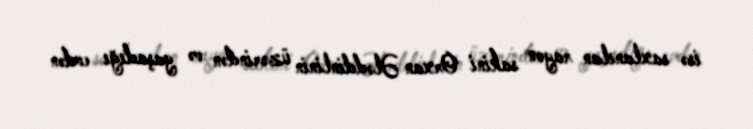
isə saxlanılan rayon sakini Orxan Ələddinlinin üzərindən və yaşadığı evdən